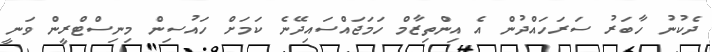
ދެކުނު ހާބަރު ސަރަހައްދުން އެ އިންތިޒާމް ހަމަޖައްސައިދޭނެ ކަމަށް ހައުސިން މިނިސްޓްރީން ވަނީ